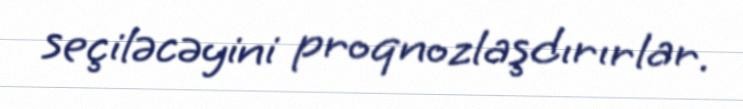
seçiləcəyini proqnozlaşdırırlar.